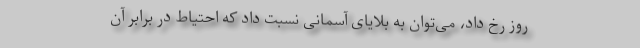
روز رخ داد، می‌توان به بلایای آسمانی نسبت داد که احتیاط در برابر آن